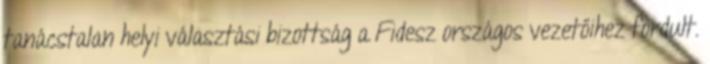
tanácstalan helyi választási bizottság a Fidesz országos vezetőihez fordult.